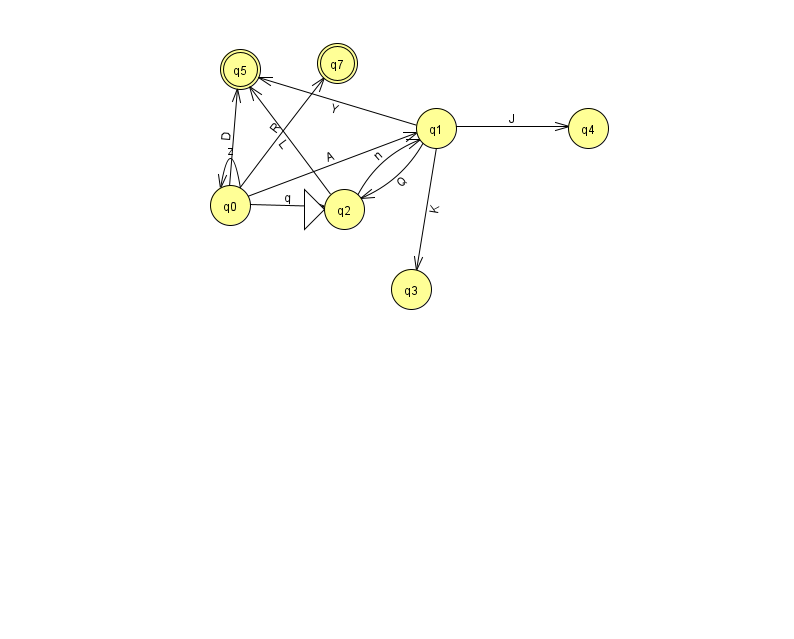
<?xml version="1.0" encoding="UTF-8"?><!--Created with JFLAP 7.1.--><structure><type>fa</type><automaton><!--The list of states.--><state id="0" name="q0"><x>230.0</x><y>192.0</y></state><state id="1" name="q1"><x>436.0</x><y>115.0</y></state><state id="2" name="q2"><x>344.0</x><y>196.0</y><initial/></state><state id="3" name="q3"><x>411.0</x><y>276.0</y></state><state id="4" name="q4"><x>588.0</x><y>115.0</y></state><state id="5" name="q5"><x>240.0</x><y>56.0</y><final/></state><state id="7" name="q7"><x>337.0</x><y>50.0</y><final/></state><!--The list of transitions.--><transition><from>0</from><to>5</to><read>D</read></transition><transition><from>1</from><to>4</to><read>J</read></transition><transition><from>0</from><to>1</to><read>A</read></transition><transition><from>2</from><to>1</to><read>n</read></transition><transition><from>1</from><to>3</to><read>K</read></transition><transition><from>2</from><to>5</to><read>L</read></transition><transition><from>0</from><to>7</to><read>R</read></transition><transition><from>0</from><to>0</to><read>z</read></transition><transition><from>1</from><to>2</to><read>Q</read></transition><transition><from>0</from><to>2</to><read>q</read></transition><transition><from>1</from><to>5</to><read>Y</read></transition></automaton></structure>